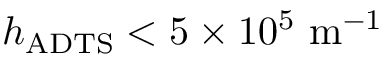
h _ { \mathrm { A D T S } } < 5 \times 1 0 ^ { 5 } \ \mathrm { m } ^ { - 1 }